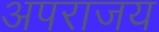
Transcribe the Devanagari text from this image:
अपराजय